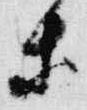
等